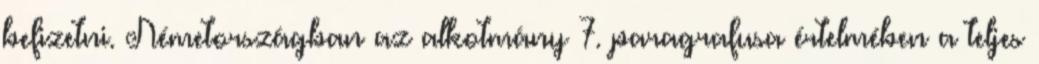
befizetni. Németországban az alkotmány 7. paragrafusa értelmében a teljes